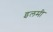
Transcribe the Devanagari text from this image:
इलमी